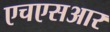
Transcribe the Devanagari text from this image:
एचएसआर